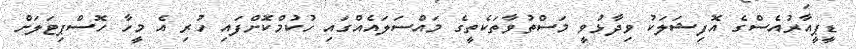
ޑީޕީއާރުއެސްގެ އޮފިޝަލަކު ވިދާޅުވީ މަސްތުވާތަކެތީގެ މައްސަލައެއްގައި ހުކުމްކޮށްފައި ހުރި އެ މީހާ ހޮސްޕިޓަލަށް